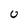
Character: 0